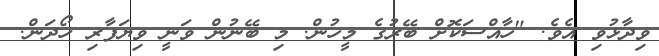
ވިދާޅުވި އެވެ. "ހާއްސަކޮށް ބޭރުގެ މީހުން. މި ބޭނުން ވަނީ ވިޔަފާރި ހޯދަން.